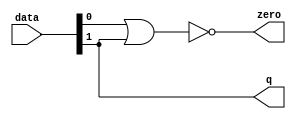
module  fp_add_sub_altpriority_encoder_3e8
	( 
	data,
	q,
	zero) ;
	input   [1:0]  data;
	output   [0:0]  q;
	output   zero;
	assign
		q = {data[1]},
		zero = (~ (data[0] | data[1]));
endmodule